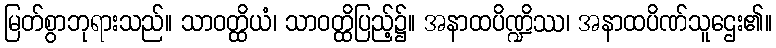
မြတ်စွာဘုရားသည်။ သာဝတ္ထိယံ၊ သာဝတ္ထိပြည့်၌။ အနာထပိဏ္ဍိဿ၊ အနာထပိဏ်သူဌေး၏။